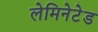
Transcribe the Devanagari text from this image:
लेमिनेटेड